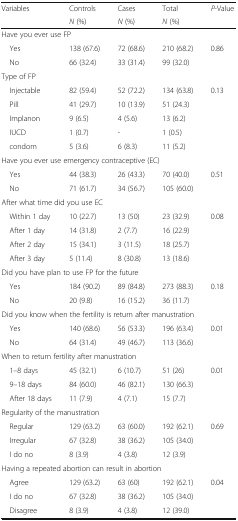
<table><thead><tr><td><b>Variables</b></td><td><b>Controls</b></td><td><b>Cases</b></td><td><b>Total</b></td><td rowspan="2"><b><i>P</i>-Value</b></td></tr><tr><td></td><td><b><i>N</i> (%)</b></td><td><b><i>N</i> (%)</b></td><td><b><i>N</i> (%)</b></td></tr></thead><tbody><tr><td colspan="5">Have you ever use FP</td></tr><tr><td> Yes</td><td>138 (67.6)</td><td>72 (68.6)</td><td>210 (68.2)</td><td rowspan="2">0.86</td></tr><tr><td> No</td><td>66 (32.4)</td><td>33 (31.4)</td><td>99 (32.0)</td></tr><tr><td colspan="5">Type of FP</td></tr><tr><td> Injectable</td><td>82 (59.4)</td><td>52 (72.2)</td><td>134 (63.8)</td><td rowspan="5">0.13</td></tr><tr><td> Pill</td><td>41 (29.7)</td><td>10 (13.9)</td><td>51 (24.3)</td></tr><tr><td> Implanon</td><td>9 (6.5)</td><td>4 (5.6)</td><td>13 (6.2)</td></tr><tr><td> IUCD</td><td>1 (0.7)</td><td>-</td><td>1 (0.5)</td></tr><tr><td> condom</td><td>5 (3.6)</td><td>6 (8.3)</td><td>11 (5.2)</td></tr><tr><td colspan="5">Have you ever use emergency contraceptive (EC)</td></tr><tr><td> Yes</td><td>44 (38.3)</td><td>26 (43.3)</td><td>70 (40.0)</td><td rowspan="2">0.51</td></tr><tr><td> No</td><td>71 (61.7)</td><td>34 (56.7)</td><td>105 (60.0)</td></tr><tr><td colspan="5">After what time did you use EC</td></tr><tr><td> Within 1 day</td><td>10 (22.7)</td><td>13 (50)</td><td>23 (32.9)</td><td rowspan="4">0.08</td></tr><tr><td> After 1 day</td><td>14 (31.8)</td><td>2 (7.7)</td><td>16 (22.9)</td></tr><tr><td> After 2 day</td><td>15 (34.1)</td><td>3 (11.5)</td><td>18 (25.7)</td></tr><tr><td> After 3 day</td><td>5 (11.4)</td><td>8 (30.8)</td><td>13 (18.6)</td></tr><tr><td colspan="5">Did you have plan to use FP for the future</td></tr><tr><td> Yes</td><td>184 (90.2)</td><td>89 (84.8)</td><td>273 (88.3)</td><td rowspan="2">0.18</td></tr><tr><td> No</td><td>20 (9.8)</td><td>16 (15.2)</td><td>36 (11.7)</td></tr><tr><td colspan="5">Did you know when the fertility is return after manustration</td></tr><tr><td> Yes</td><td>140 (68.6)</td><td>56 (53.3)</td><td>196 (63.4)</td><td rowspan="2">0.01</td></tr><tr><td> No</td><td>64 (31.4)</td><td>49 (46.7)</td><td>113 (36.6)</td></tr><tr><td colspan="5">When to return fertility after manustration</td></tr><tr><td> 1–8 days</td><td>45 (32.1)</td><td>6 (10.7)</td><td>51 (26)</td><td rowspan="3">0.01</td></tr><tr><td> 9–18 days</td><td>84 (60.0)</td><td>46 (82.1)</td><td>130 (66.3)</td></tr><tr><td> After 18 days</td><td>11 (7.9)</td><td>4 (7.1)</td><td>15 (7.7)</td></tr><tr><td colspan="5">Regularity of the manustration</td></tr><tr><td> Regular</td><td>129 (63.2)</td><td>63 (60.0)</td><td>192 (62.1)</td><td rowspan="3">0.69</td></tr><tr><td> Irregular</td><td>67 (32.8)</td><td>38 (36.2)</td><td>105 (34.0)</td></tr><tr><td> I do no</td><td>8 (3.9)</td><td>4 (3.8)</td><td>12 (3.9)</td></tr><tr><td colspan="5">Having a repeated abortion can result in abortion</td></tr><tr><td> Agree</td><td>129 (63.2)</td><td>63 (60)</td><td>192 (62.1)</td><td rowspan="3">0.04</td></tr><tr><td> I do no</td><td>67 (32.8)</td><td>38 (36.2)</td><td>105 (34.0)</td></tr><tr><td> Disagree</td><td>8 (3.9)</td><td>4 (3.8)</td><td>12 (39.0)</td></tr></tbody></table>